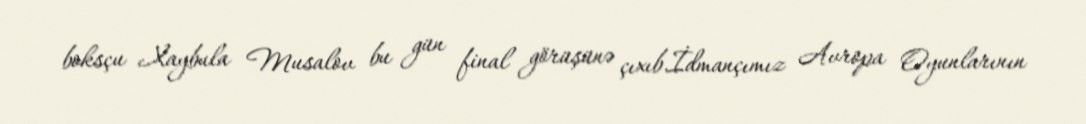
boksçu Xaybula Musalov bu gün final görüşünə çıxıb.İdmançımız Avropa Oyunlarının